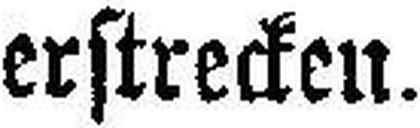
erstrecken.